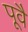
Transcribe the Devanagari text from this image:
पूवै